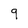
Character: 9